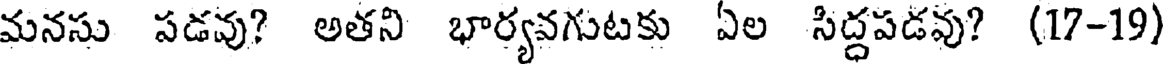
మనసు పడవు? అతని భార్యవగుటకు ఏల సిద్ధపడవు? (17-19)